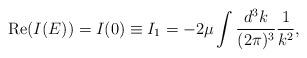
LaTeX: \begin{align*}\mbox{Re}(I(E))=I(0)\equiv I_1=-2 \mu \int \frac{d^3k}{(2 \pi)^3} \frac{1}{k^2},\end{align*}